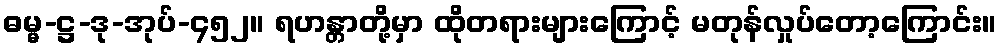
ဓမ္မ-ဋ္ဌ-ဒု-အုပ်-၄၅၂။ ရဟန္တာတို့မှာ ထိုတရားများကြောင့် မတုန်လှုပ်တော့ကြောင်း။